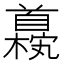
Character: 𫗹